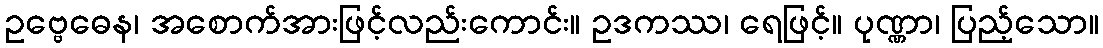
ဥဗ္ဗေဓေန၊ အစောက်အားဖြင့်လည်းကောင်း။ ဥဒကဿ၊ ရေဖြင့်။ ပုဏ္ဏာ၊ ပြည့်သော။